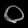
Digit: ၀